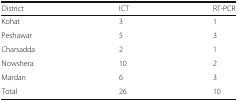
| District | ICT | RT-PCR |
 | --- | --- | --- |
 | Kohat | 3 | 1 |
 | Peshawar | 5 | 3 |
 | Charsadda | 2 | 1 |
 | Nowshera | 10 | 2 |
 | Mardan | 6 | 3 |
 | Total | 26 | 10 |